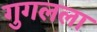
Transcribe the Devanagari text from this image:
गुगलला